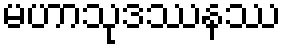
မဟာသုဒဿနဿ